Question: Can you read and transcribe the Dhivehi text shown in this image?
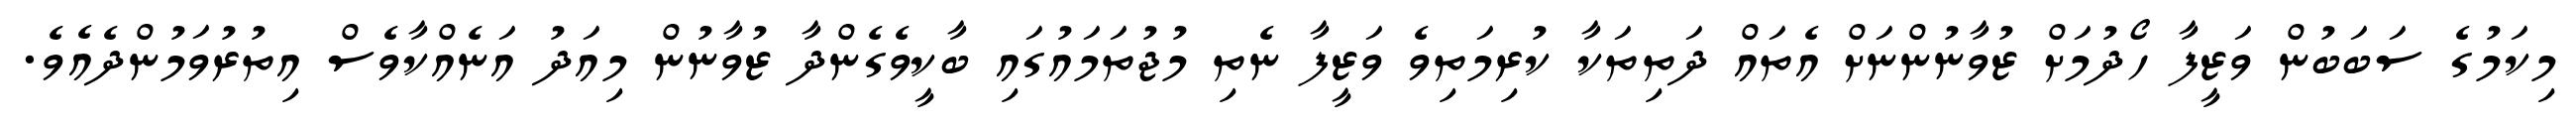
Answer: މިކަމުގެ ސަބަބުން ވަޒީފާ ހޯދުމަށް ޒުވާނުންނަށް އެތައް ދަތިތަކާ ކުރިމަތިވެ ވަޒީފާ ނެތި މުޖުތަމައުގައި ބާކީވެގެންދާ ޒުވާނުން މިއަދު އަނެއްކާވެސް އިތުރުވަމުންދެއެވެ.